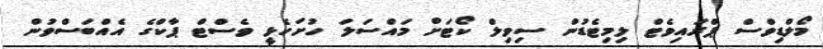
މޯލްޑިވްސް ޕްރައިވެޓް ލިމިޓެޑުން ސިވިލް ކޯޓަށް މައްސަލަ ހުށަހެޅީ ވެސްޓް ޕާކްގެ އެއްބަސްވުން